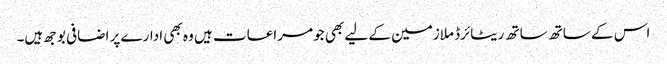
اس کے ساتھ ساتھ ریٹائرڈ ملازمین کے لیے بھی جو مراعات ہیں وہ بھی ادارے پر اضافی بوجھ ہیں۔